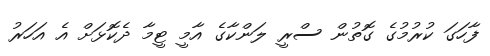
ފާހަގަ ކުރުމުގެ ގޮތުން ސްރީ ލަންކާގެ އާމީ ޓީމާ ދެކޮޅަށް އެ އަހަރު